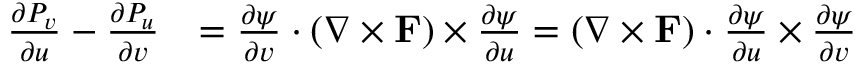
{ \begin{array} { r l } { { \frac { \partial P _ { v } } { \partial u } } - { \frac { \partial P _ { u } } { \partial v } } } & { = { \frac { \partial { \boldsymbol { \psi } } } { \partial v } } \cdot ( \nabla \times \mathbf { F } ) \times { \frac { \partial { \boldsymbol { \psi } } } { \partial u } } = ( \nabla \times \mathbf { F } ) \cdot { \frac { \partial { \boldsymbol { \psi } } } { \partial u } } \times { \frac { \partial { \boldsymbol { \psi } } } { \partial v } } } \end{array} }